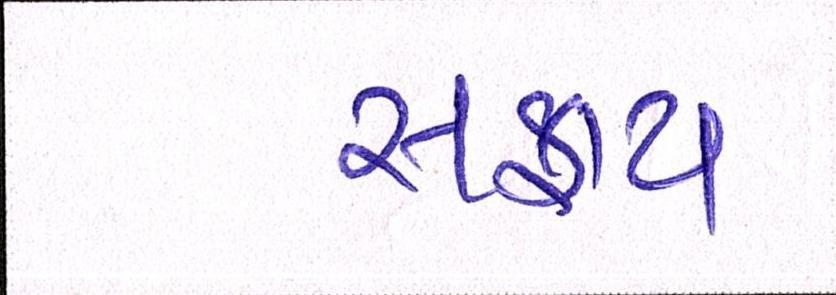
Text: સફાય